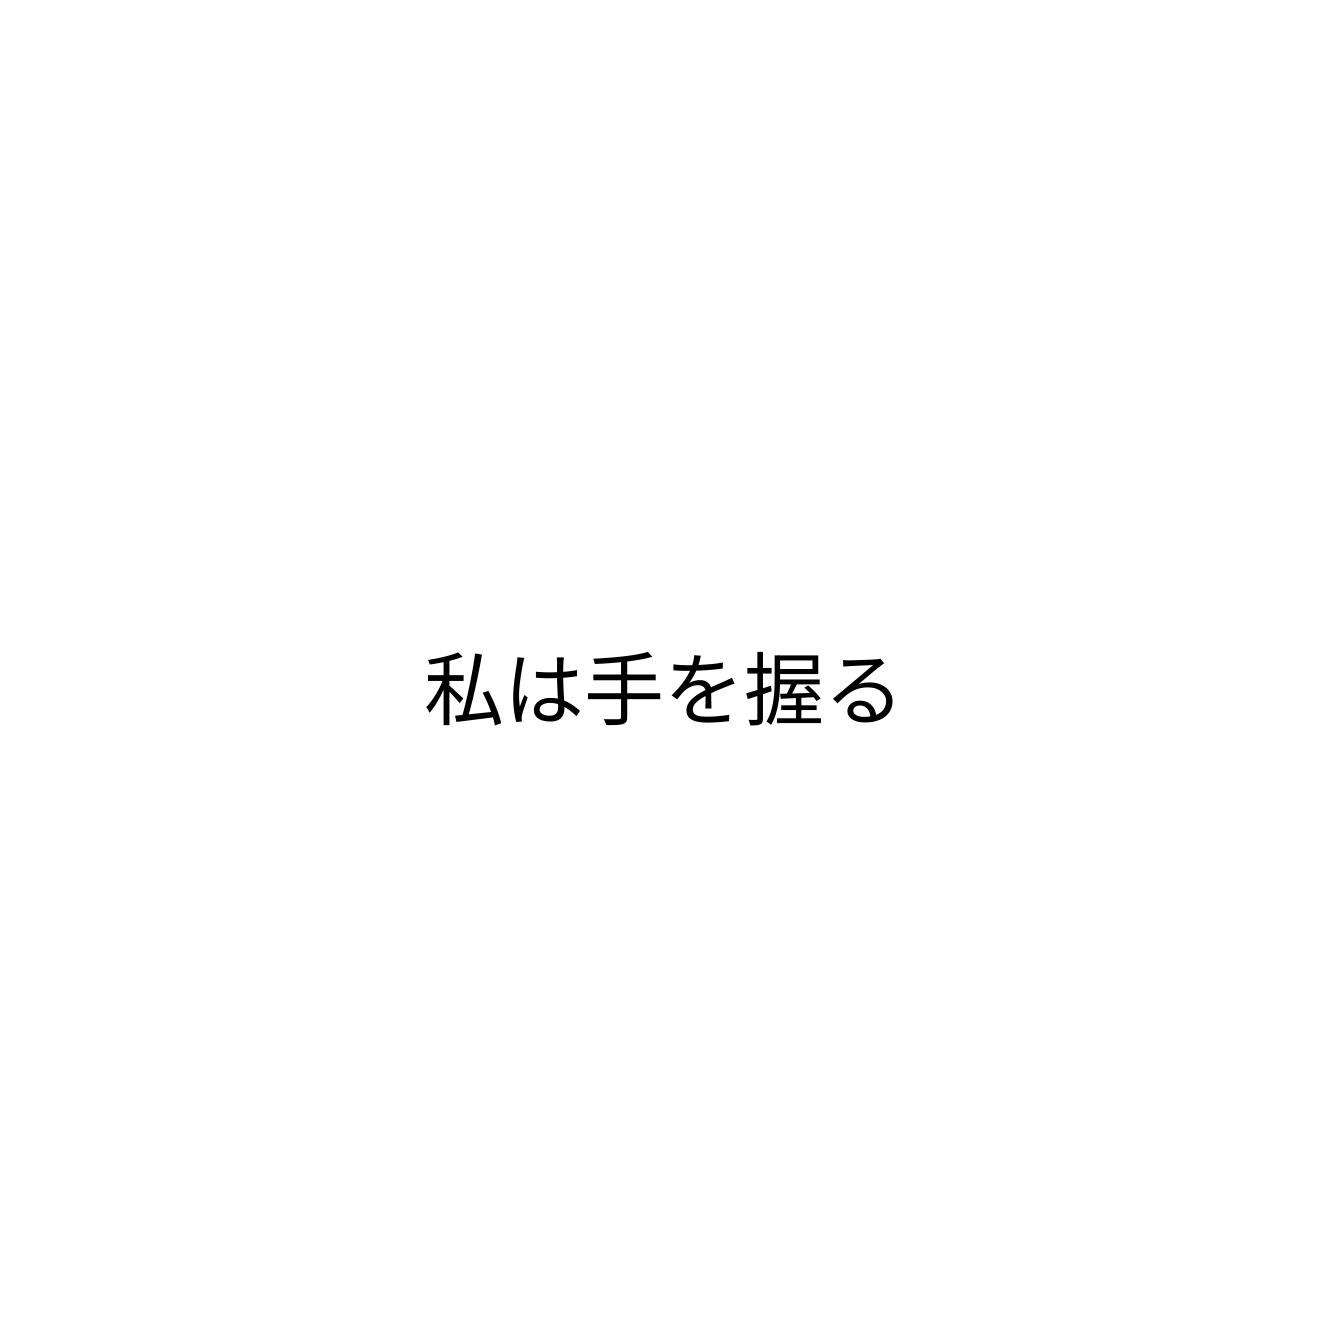
私は手を握る